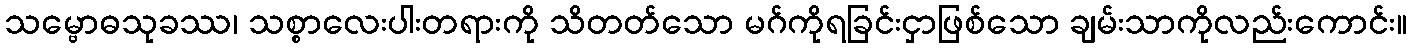
သမ္ဗောဓသုခဿ၊ သစ္စာလေးပါးတရားကို သိတတ်သော မဂ်ကိုရခြင်းငှာဖြစ်သော ချမ်းသာကိုလည်းကောင်း။